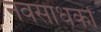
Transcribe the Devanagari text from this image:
नवसाधकों